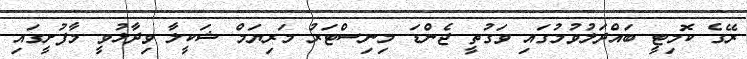
ރޭގެ ކޮމިޓީ ބައްދަލުވުމުގައި ވަގުތީ ޖެންޑަ މިނިސްޓަރު މަރިޔަމް ޝަކީލާ ވިދާޅުވީ މާފުށީގައި